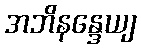
အဘိနန္ဒေယျ